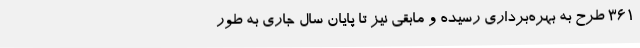
361 طرح به بهره‌برداری رسیده و مابقی نیز تا پایان سال جاری به طور